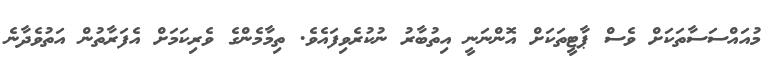
މުއައްސަސާތަކަށް ވެސް ޕާޓީތަކަށް އޮންނަނީ އިތުބާރު ނުކުރެވިފައެވެ. ތިމާމެންގެ ވެރިކަމަށް އެފަރާތުން އަތުވެދާނެ